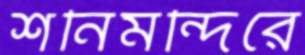
শনিমন্দিরে